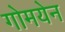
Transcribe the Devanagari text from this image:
गोमयेन